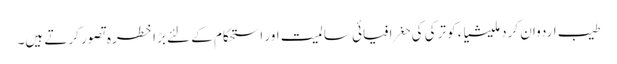
طیب اردوان کردملیشیاء کو ترکی کی حغرافیائی سالمیت اور استحکام کے لئے بڑا خطرہ تصور کرتے ہیں۔